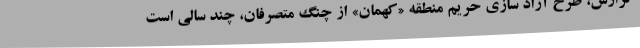
گزارش، طرح آزاد سازی حریم منطقه «کهمان» از چنگ متصرفان، چند سالی است